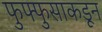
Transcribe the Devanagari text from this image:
फुफ्फुसाकडून